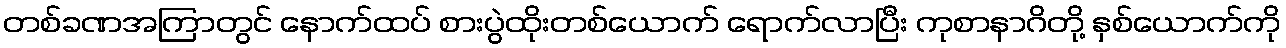
တစ်ခဏအကြာတွင် နောက်ထပ် စားပွဲထိုးတစ်ယောက် ရောက်လာပြီး ကုစာနာဂိတို့ နှစ်ယောက်ကို